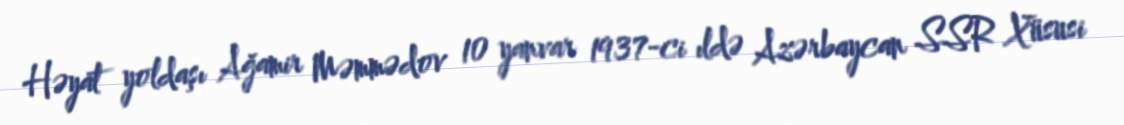
Həyat yoldaşı Ağamir Məmmədov 10 yanvar 1937-ci ıldə Azərbaycan SSR Xüsusi